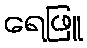
ရေဖြူ